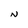
Character: N